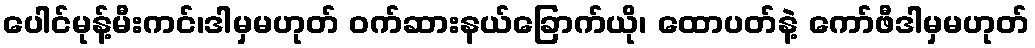
ပေါင်မုန့်မီးကင်၊ဒါမှမဟုတ် ဝက်ဆားနယ်ခြောက်ယို၊ ထောပတ်နဲ့ ကော်ဖီဒါမှမဟုတ်